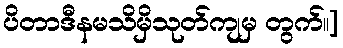
ပိတာဒီနမသိမှိသုတ်ကျမှ တွက်။]